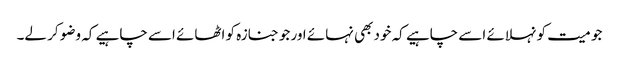
جو میت کو نہلائے اسے چاہیے کہ خود بھی نہائے اور جو جنازہ کو اٹھائے اسے چاہیے کہ وضو کر لے۔